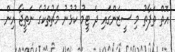
އޮތް ތަފާތު މި ސީޒަންގައި ދެ ޓީމު ކުޅުނު މެޗުތަކުގެ ނަތީޖާ އިން